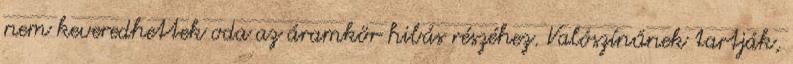
nem keveredhettek oda az áramkör hibás részéhez. Valószínűnek tartják,